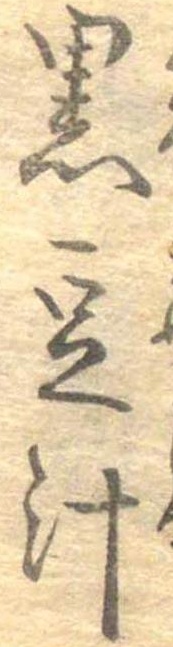
黒豆汁